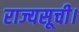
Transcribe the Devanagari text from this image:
राज्यसूची।